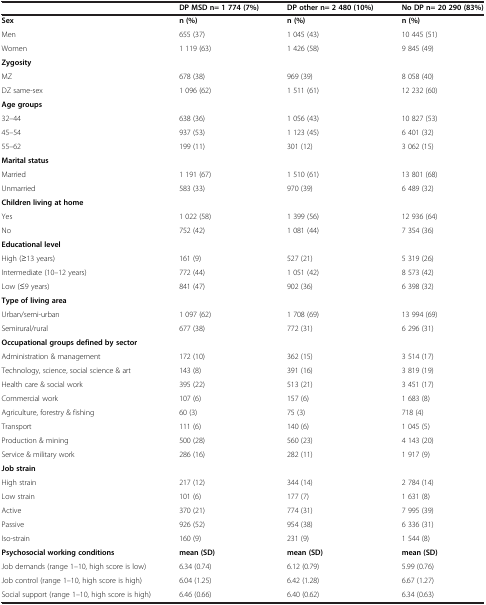
<table><thead><tr><td>[EMPTY_CELL]</td><td><b>DP MSD n= 1 774 (7%)</b></td><td><b>DP other n= 2 480 (10%)</b></td><td><b>No DP n= 20 290 (83%)</b></td></tr></thead><tbody><tr><td><b>Sex</b></td><td><b>n (%)</b></td><td><b>n (%)</b></td><td><b>n (%)</b></td></tr><tr><td>Men</td><td>655 (37)</td><td>1 045 (43)</td><td>10 445 (51)</td></tr><tr><td>Women</td><td>1 119 (63)</td><td>1 426 (58)</td><td>9 845 (49)</td></tr><tr><td colspan="4"><b>Zygosity</b></td></tr><tr><td>MZ</td><td>678 (38)</td><td>969 (39)</td><td>8 058 (40)</td></tr><tr><td>DZ same-sex</td><td>1 096 (62)</td><td>1 511 (61)</td><td>12 232 (60)</td></tr><tr><td colspan="4"><b>Age groups</b></td></tr><tr><td>32–44</td><td>638 (36)</td><td>1 056 (43)</td><td>10 827 (53)</td></tr><tr><td>45–54</td><td>937 (53)</td><td>1 123 (45)</td><td>6 401 (32)</td></tr><tr><td>55–62</td><td>199 (11)</td><td>301 (12)</td><td>3 062 (15)</td></tr><tr><td colspan="4"><b>Marital status</b></td></tr><tr><td>Married</td><td>1 191 (67)</td><td>1 510 (61)</td><td>13 801 (68)</td></tr><tr><td>Unmarried</td><td>583 (33)</td><td>970 (39)</td><td>6 489 (32)</td></tr><tr><td colspan="4"><b>Children living at home</b></td></tr><tr><td>Yes</td><td>1 022 (58)</td><td>1 399 (56)</td><td>12 936 (64)</td></tr><tr><td>No</td><td>752 (42)</td><td>1 081 (44)</td><td>7 354 (36)</td></tr><tr><td colspan="4"><b>Educational level</b></td></tr><tr><td>High (≥13 years)</td><td>161 (9)</td><td>527 (21)</td><td>5 319 (26)</td></tr><tr><td>Intermediate (10–12 years)</td><td>772 (44)</td><td>1 051 (42)</td><td>8 573 (42)</td></tr><tr><td>Low (≤9 years)</td><td>841 (47)</td><td>902 (36)</td><td>6 398 (32)</td></tr><tr><td colspan="4"><b>Type of living area</b></td></tr><tr><td>Urban/semi-urban</td><td>1 097 (62)</td><td>1 708 (69)</td><td>13 994 (69)</td></tr><tr><td>Semirural/rural</td><td>677 (38)</td><td>772 (31)</td><td>6 296 (31)</td></tr><tr><td colspan="4"><b>Occupational groups defined by sector</b></td></tr><tr><td>Administration&amp; management</td><td>172 (10)</td><td>362 (15)</td><td>3 514 (17)</td></tr><tr><td>Technology, science, social science&amp; art</td><td>143 (8)</td><td>391 (16)</td><td>3 819 (19)</td></tr><tr><td>Health care&amp; social work</td><td>395 (22)</td><td>513 (21)</td><td>3 451 (17)</td></tr><tr><td>Commercial work</td><td>107 (6)</td><td>157 (6)</td><td>1 683 (8)</td></tr><tr><td>Agriculture, forestry&amp; fishing</td><td>60 (3)</td><td>75 (3)</td><td>718 (4)</td></tr><tr><td>Transport</td><td>111 (6)</td><td>140 (6)</td><td>1 045 (5)</td></tr><tr><td>Production&amp; mining</td><td>500 (28)</td><td>560 (23)</td><td>4 143 (20)</td></tr><tr><td>Service&amp; military work</td><td>286 (16)</td><td>282 (11)</td><td>1 917 (9)</td></tr><tr><td><b>Job strain</b></td><td>[EMPTY_CELL]</td><td>[EMPTY_CELL]</td><td>[EMPTY_CELL]</td></tr><tr><td>High strain</td><td>217 (12)</td><td>344 (14)</td><td>2 784 (14)</td></tr><tr><td>Low strain</td><td>101 (6)</td><td>177 (7)</td><td>1 631 (8)</td></tr><tr><td>Active</td><td>370 (21)</td><td>774 (31)</td><td>7 995 (39)</td></tr><tr><td>Passive</td><td>926 (52)</td><td>954 (38)</td><td>6 336 (31)</td></tr><tr><td>Iso-strain</td><td>160 (9)</td><td>231 (9)</td><td>1 544 (8)</td></tr><tr><td><b>Psychosocial working conditions</b></td><td><b>mean (SD)</b></td><td><b>mean (SD)</b></td><td><b>mean (SD)</b></td></tr><tr><td>Job demands (range 1–10, high score is low)</td><td>6.34 (0.74)</td><td>6.12 (0.79)</td><td>5.99 (0.76)</td></tr><tr><td>Job control (range 1–10, high score is high)</td><td>6.04 (1.25)</td><td>6.42 (1.28)</td><td>6.67 (1.27)</td></tr><tr><td>Social support (range 1–10, high score is high)</td><td>6.46 (0.66)</td><td>6.40 (0.62)</td><td>6.34 (0.63)</td></tr></tbody></table>